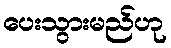
ပေးသွားမည်ဟု